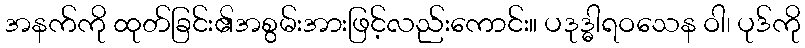
အနက်ကို ထုတ်ခြင်း၏အစွမ်းအားဖြင့်လည်းကောင်း။ ပဒုဒ္ဓါရဝသေန ဝါ၊ ပုဒ်ကို